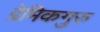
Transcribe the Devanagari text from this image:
प्रेमिकगुरु